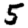
Digit: 5